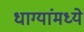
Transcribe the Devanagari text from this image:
धाग्यांमध्ये